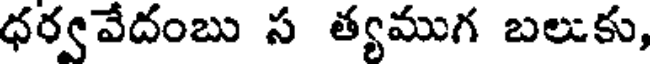
ధర్వవేదంబు స త్యముగ బలుకు,